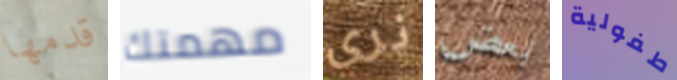
قدمها مهمتك نري بعض طفولية